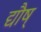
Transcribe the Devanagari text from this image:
द्यौष्